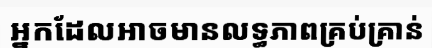
អ្នកដែលអាចមានលទ្ធភាពគ្រប់គ្រាន់